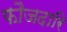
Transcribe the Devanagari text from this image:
फौजदारि